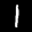
Label: 1